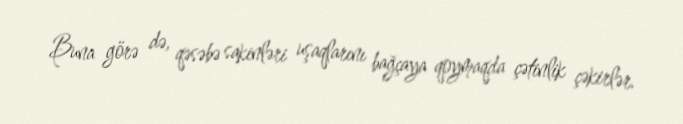
Buna görə də, qəsəbə sakinləri uşaqlarını bağçaya qoymaqda çətinlik çəkirlər.